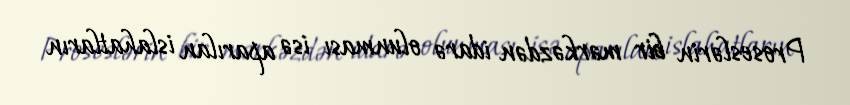
Proseslərin bir mərkəzdən idarə olunması isə aparılan islahatların